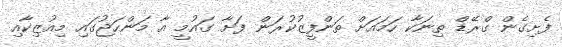
ފެށިގެން ގްރޭޑް ތިނަކާ ހަމައަށް ތަންފީޒުކުރަން ފަށާ ގައުމީ އާ މަންހަޖުގައި މިއުޒިކާއި